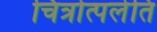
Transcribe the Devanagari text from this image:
चित्रोत्पलेति